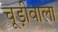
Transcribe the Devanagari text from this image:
चूड़ीवाला